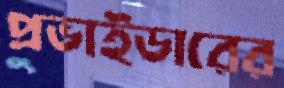
প্রভাইডারের